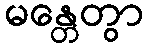
မန္တေတွာ